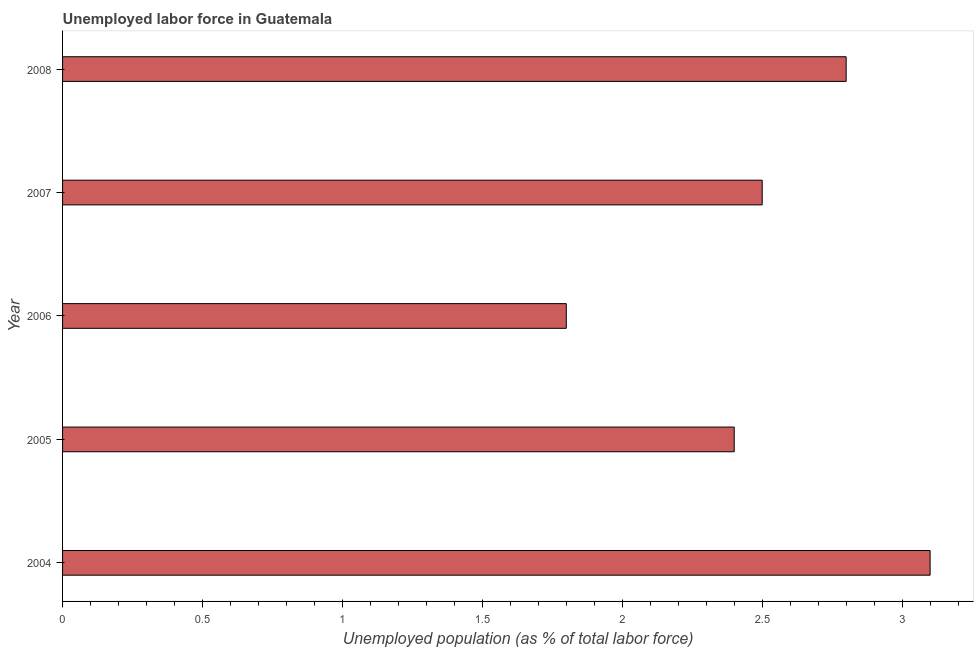
| Year | Unemployment |
 | --- | --- |
 | 2004 | 3.1 |
 | 2005 | 2.4 |
 | 2006 | 1.8 |
 | 2007 | 2.5 |
 | 2008 | 2.8 |